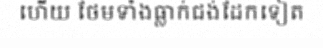
ហើយ ថែមទាំងធ្លាក់ជង់ដែកទៀត